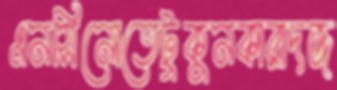
এনসিনোতেটুকুনকারাদজ